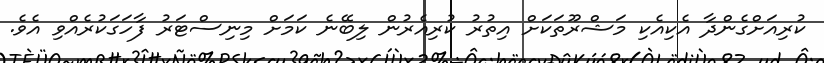
ކުރިއަށްގެންދާ އެކިއެކި މަޝްރޫތަކަށް އިތުރު ކުރިއެރުން ލިބޭނެ ކަމަށް މިނިސްޓަރު ފާހަގަކުރެއްވި އެވެ.